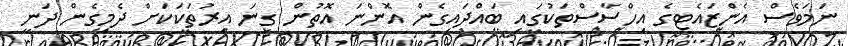
ނަމަވެސް އެންޒައެޓީގެ އިހްސާސްތަކުގައި ބައްދައިގެން އޮންނަ އޮތުން ގިނަ އިރުތަކަކަށް ދެމިގެން ދަނީ